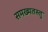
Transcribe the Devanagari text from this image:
समख्यतस्तु